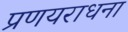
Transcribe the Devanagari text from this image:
प्रणयराधना